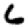
Digit: 6